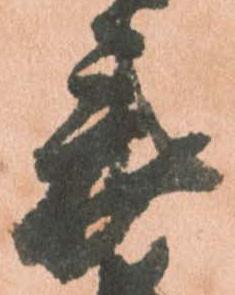
表